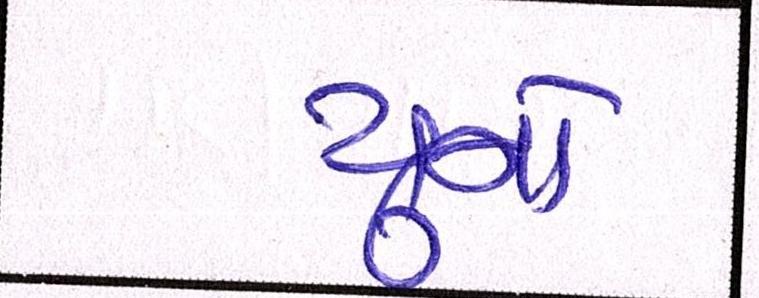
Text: યુનો